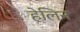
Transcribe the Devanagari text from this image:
हेलिन